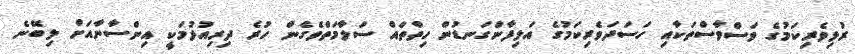
ރުޅިވެރިކަމުގެ ވަސްވާސްތަކާއި ހަސަދަވެރިކަމުގެ އަލިފާންގަނޑުން ހިތްތައް ސަލާމަތްވެގެން ހުރެ ދިރިއުޅުމަކީ އިންސާނާއަށް ލިބޭނެ